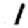
Digit: 1